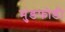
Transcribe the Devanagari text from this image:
मुंडफोडी